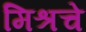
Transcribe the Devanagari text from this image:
मिश्रचे